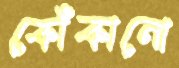
কোঁকানো